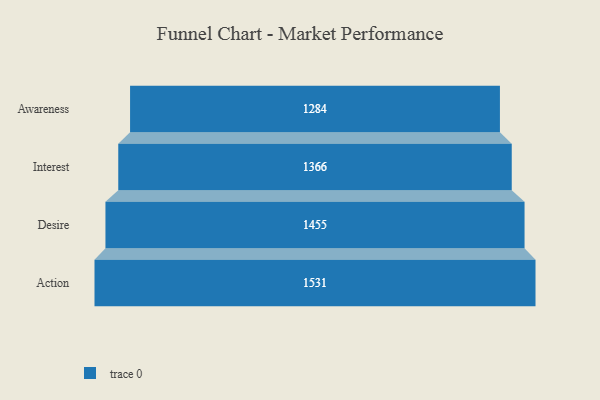
{"axis": {"x": "Stage", "y": "Value"}, "legend": [""], "data": [{"x": "Awareness", "y": 1284.0, "type": ""}, {"x": "Interest", "y": 1366.0, "type": ""}, {"x": "Desire", "y": 1455.0, "type": ""}, {"x": "Action", "y": 1531.0, "type": ""}]}